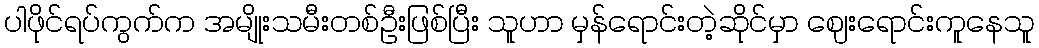
ပါဖိုင်ရပ်ကွက်က အမျိုးသမီးတစ်ဦးဖြစ်ပြီး သူဟာ မှန်ရောင်းတဲ့ဆိုင်မှာ ဈေးရောင်းကူနေသူ